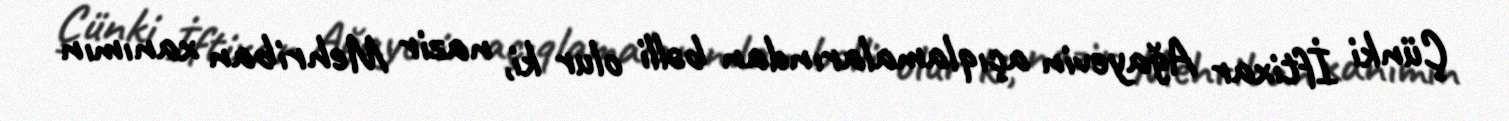
Çünki İftixar Ağayevin açıqlamalarından bəlli olur ki, nazir Mehriban xanımın